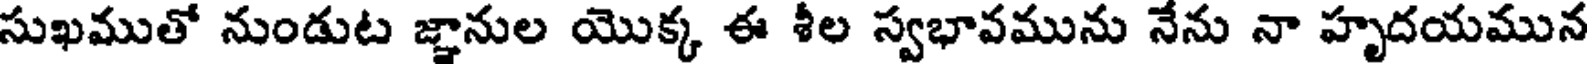
సుఖముతో నుండుట జ్ఞానుల యొక్క ఈ శీల స్వభావమును నేను నా హృదయమున